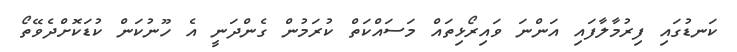
ކަނޑުގައި ފިރުމާލާފައި އަންނަ ވައިރޯޅިތައް މަސައްކަތް ކުރަމުން ގެންދަނީ އެ ހޫނުކަން ކުޑަކޮށްދެވޭތޯ